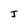
Character: J